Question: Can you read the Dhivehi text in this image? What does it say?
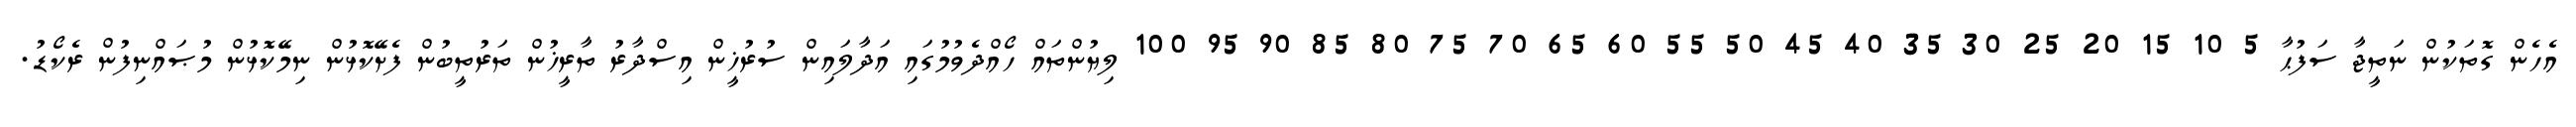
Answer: އެހެން ގޮތަކުން ނަތީޖާ ސަފުޙާ 5 10 15 20 25 30 35 40 45 50 55 60 65 70 75 80 85 90 95 100 ލިޔުންތައް ހޯއްދެވުމުގައި އަދާލައިން ސުރުޚީން އިސްދާރު ތާރީޚުން ތަރުތީބުން ފެށޭކޮޅުން ނިމޭކޮޅުން މުޞައްނިފުން ރެކޯޑު.